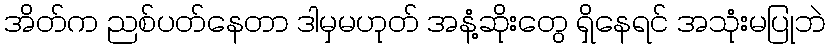
အိတ်က ညစ်ပတ်နေတာ ဒါမှမဟုတ် အနံ့ဆိုးတွေ ရှိနေရင် အသုံးမပြုဘဲ